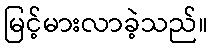
မြင့်မားလာခဲ့သည်။